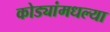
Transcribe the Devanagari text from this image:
कोड्यांमधल्या